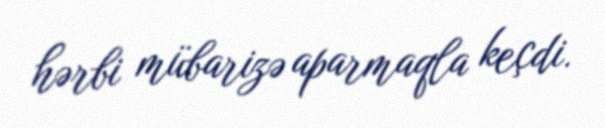
hərbi mübarizə aparmaqla keçdi.